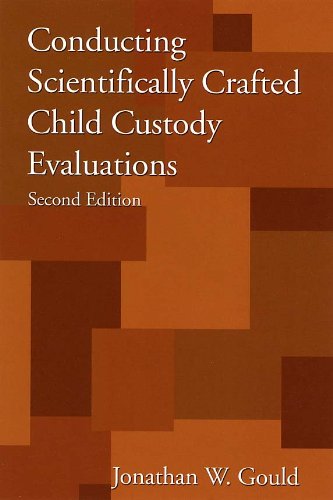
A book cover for Conducting Scientifically Crafted Child Custody Evaluations, Second Edition; Jonathan W. Gould; Law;